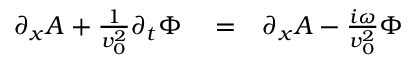
\begin{array} { r l r } { \partial _ { x } A + \frac { 1 } { v _ { 0 } ^ { 2 } } \partial _ { t } \Phi } & { { } = } & { \partial _ { x } A - \frac { i \omega } { v _ { 0 } ^ { 2 } } \Phi } \end{array}